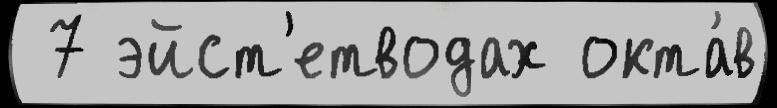
 7 эйст'етводах окта́в